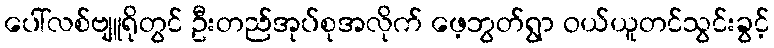
ပေါ်လစ်ဗျူရိုတွင် ဦးတည်အုပ်စုအလိုက် ဖေ့ဘွတ်ရွာ ဝယ်ယူတင်သွင်းခွင့်